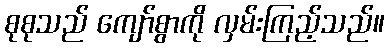
စုစုသည် ကျော်စွာကို လှမ်းကြည့်သည်။